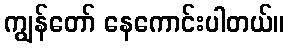
ကျွန်တော် နေကောင်းပါတယ်။